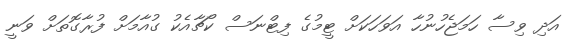
އަދި ވިސާ ހަމަޖެހުނުހާ އަވަހަކަށް ޓީމުގެ ފިޓްނަސް ކޯޗާއެކު ގުއާމަށް ފުރާގޮތަށް ވަނީ